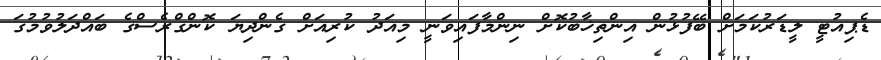
ޑެޕިއުޓީ ލީޑަރުކަމަށް ބޭފުޅުން އިންތިޚާބުކޮށް ނިންމާފައިވަނީ މިއަދު ކުރިއަށް ގެންދިޔަ ކޮންގްރެސްގެ ބައްދަލުވުމުގަ